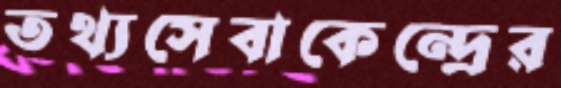
তথ্যসেবাকেন্দ্রের